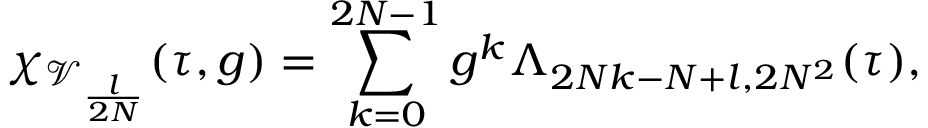
\chi _ { \mathcal { V } _ { \frac { l } { 2 N } } } ( \tau , g ) = \sum _ { k = 0 } ^ { 2 N - 1 } g ^ { k } \Lambda _ { 2 N k - N + l , 2 N ^ { 2 } } ( \tau ) ,